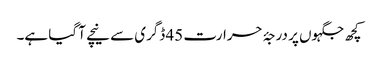
کچھ جگہوں پر درجۂ حرارت 45 ڈگری سے نیچے آ گیا ہے۔